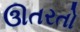
ઊતરતો